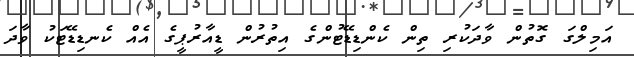
އަމިލްގަ ގޮތުން ވާދަކުރި ތިން ކެންޑިޑޭޓުންގެ އިތުރުން ޑީއާރުޕީގެ އެއް ކެނޑިޑޭޓަކު ވާދަ